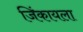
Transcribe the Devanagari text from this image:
जिंकायला